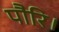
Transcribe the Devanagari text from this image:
पौरि।